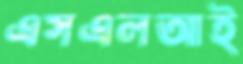
এসএলআই